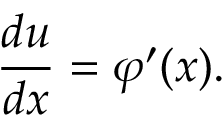
{ \frac { d u } { d x } } = \varphi ^ { \prime } ( x ) .